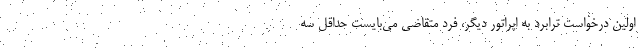
اولین درخواست ترابرد به اپراتور دیگر، فرد متقاضی می‌بایست حداقل سه